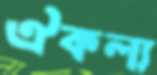
ঐকল্য